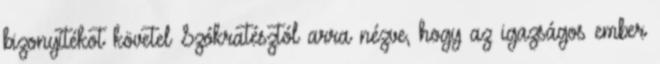
bizonyítékot követel Szókratésztól arra nézve, hogy az igazságos ember